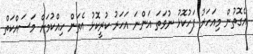
އެގޮތުން މިއަހަރު ފަހުކޮޅު ނުވަތަ އަންނަ އަހަރު ކުރީކޮޅު އެތަން ހިއްކުމަށް މަސައްކަތް